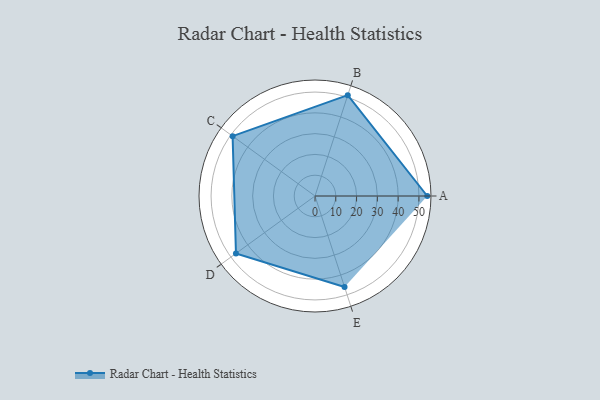
{"axis": {"x": "Skill", "y": "Score"}, "legend": ["Profile"], "data": [{"x": "A", "y": 54.0, "type": "Profile"}, {"x": "B", "y": 51.0, "type": "Profile"}, {"x": "C", "y": 49.0, "type": "Profile"}, {"x": "D", "y": 47.0, "type": "Profile"}, {"x": "E", "y": 46.0, "type": "Profile"}]}